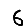
Digit: 6